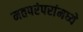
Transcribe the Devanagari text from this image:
मतपरंपरांमध्ये